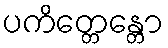
ပကိတ္တေန္တော